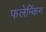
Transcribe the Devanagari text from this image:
फलेन्किंग